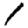
Digit: 1